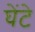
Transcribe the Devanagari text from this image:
घेंटे